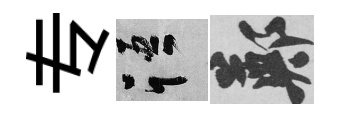
专語鄭